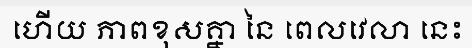
ហើយ ភាពខុសគ្នា នៃ ពេលវេលា នេះ